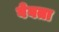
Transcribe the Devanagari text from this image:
बेघता